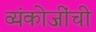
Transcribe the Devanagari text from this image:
व्यंकोजींची